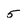
Character: 5